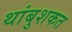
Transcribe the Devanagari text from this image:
थांबुशकत